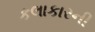
કલાકારની